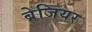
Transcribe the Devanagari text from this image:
ब्रेजियर